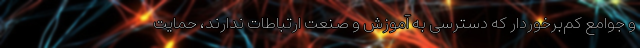
و جوامع کم‌برخوردار که دسترسی به آموزش و صنعت ارتباطات ندارند، حمایت